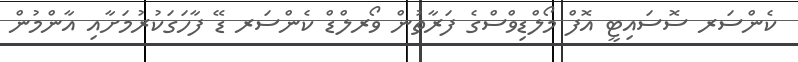
ކެންސަރ ސޮސައިޓީ އޮފް މޯލްޑިވްސްގެ ފަރާތުން ވޯރލްޑް ކެންސަރ ޑޭ ފާހަގަކުރުމަށާއި އާންމުން